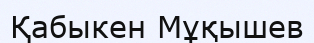
Қабыкен Мұқышев